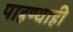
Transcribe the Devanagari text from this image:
पाहण्याही